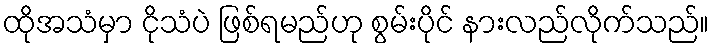
ထိုအသံမှာ ငိုသံပဲ ဖြစ်ရမည်ဟု စွမ်းပိုင် နားလည်လိုက်သည်။